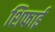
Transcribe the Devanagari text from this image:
शिफाई